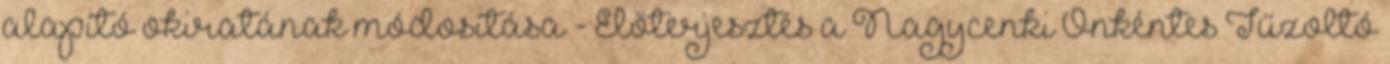
alapító okiratának módosítása - Előterjesztés a Nagycenki Önkéntes Tűzoltó